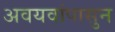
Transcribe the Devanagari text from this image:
अवयवांपासुन